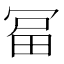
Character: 𭁻